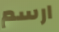
ارسم